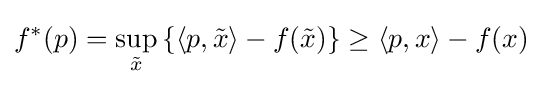
f^{*}(p)=\sup _{\tilde {x}}\left\{\langle p,{\tilde {x}}\rangle -f({\tilde {x}})\right\}\geq \langle p,x\rangle -f(x)